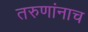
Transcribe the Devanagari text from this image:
तरुणांनाच